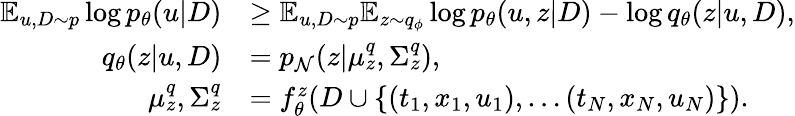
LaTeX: \begin{array}{rl}{\mathbb E_{u,D\sim p}\log p_{\theta}(u\vert D)}&{\ge\mathbb E_{u,D\sim p}\mathbb E_{z\sim q_{\phi}}\log p_{\theta}(u,z\vert D)-\log q_{\theta}(z\vert u,D),}\\ {q_{\theta}(z\vert u,D)}&{=p_{\mathcal{N}}(z|\mu_{z}^{q},\Sigma_{z}^{q}),}\\ {\mu_{z}^{q},\Sigma_{z}^{q}}&{=f_{\theta}^{z}(D\cup\{ (t_{1},x_{1},u_{1}),\dots(t_{N},x_{N},u_{N})\} ).}\end{array}